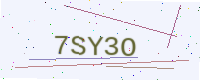
Text: 7SY3O